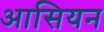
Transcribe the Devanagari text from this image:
आसियन